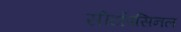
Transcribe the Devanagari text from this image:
सीटॉपसिनल